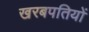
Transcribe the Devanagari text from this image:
खरबपतियों